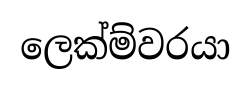
ලෙක්ම්වරයා